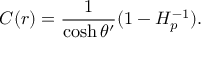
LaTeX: C ( r ) = { \frac { 1 } { \cosh \theta ^ { \prime } } } ( 1 - H _ { p } ^ { - 1 } ) .